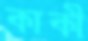
কাকী